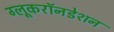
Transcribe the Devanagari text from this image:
ग्लूकरॉनडेशन